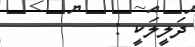
ދަލީލަކީ :